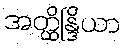
အတ္ထိန္ဒြိယာ